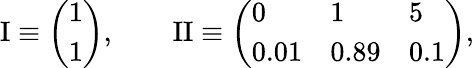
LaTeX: \mathrm{I}\equiv\left(\begin{array}{l}{1}\\ {1}\end{array}\right),\qquad\mathrm{II}\equiv\left(\begin{array}{lll}{0}&{1}&{5}\\ {0.01}&{0.89}&{0.1}\end{array}\right),